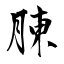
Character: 腖